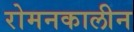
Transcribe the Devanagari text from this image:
रोमनकालीन